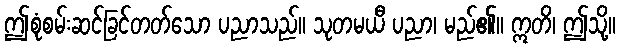
ဤစုံစမ်းဆင်ခြင်တတ်သော ပညာသည်။ သုတမယီ ပညာ၊ မည်၏။ ဣတိ၊ ဤသို့။